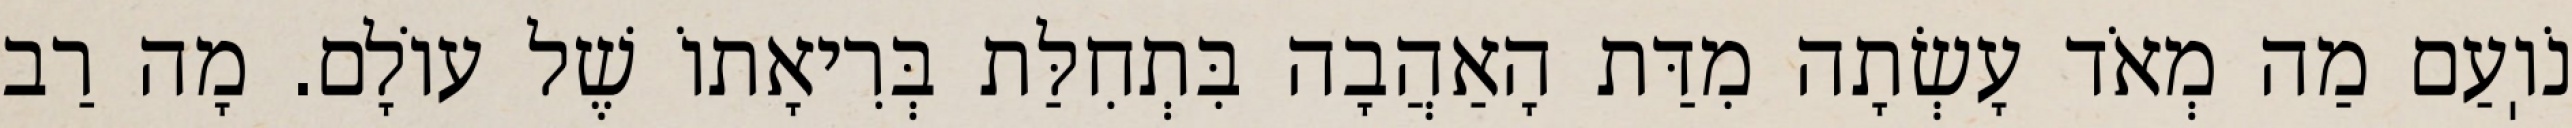
נֹוֽעַם מַה מְאֹד עָשְׂתָה מִדַּת הָאַהֲבָה בִּתְחִלַּת בְּרִיאָתוֹ שֶׁל עוֹלָם. מָה רַב